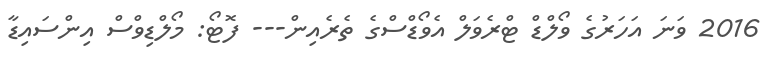
2016 ވަނަ އަހަރުގެ ވޯލްޑް ޓްރެވަލް އެވޯޑްސްގެ ތެރެއިން--- ފޮޓޯ: މޯލްޑިވްސް އިންސައިޑާ